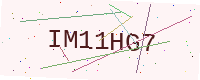
Text: IM11HG7